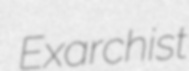
Exarchist